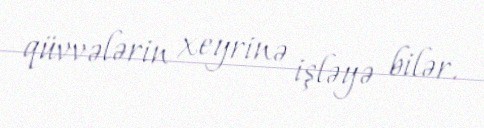
qüvvələrin xeyrinə işləyə bilər.